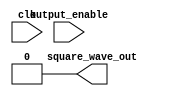
module tone_generator (
    input output_enable,
    input clk,
    output square_wave_out
);

    reg [16:0] clock_counter;

    always @ (posedge clk) begin
        clock_counter <= clock_counter + 1'd1;
    end

    assign square_wave_out = 1'b0;
endmodule